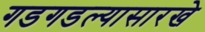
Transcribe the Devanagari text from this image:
गडगडल्यासारखे